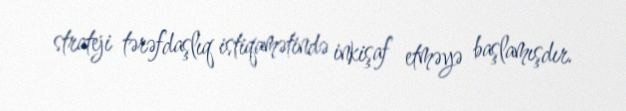
strateji tərəfdaşlıq istiqamətində inkişaf etməyə başlamışdır.